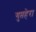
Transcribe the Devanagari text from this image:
गुप्तहेरा